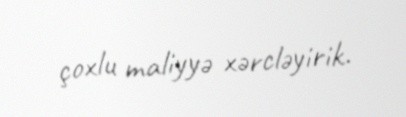
çoxlu maliyyə xərcləyirik.